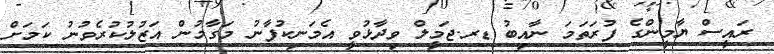
ރައީސް ޔާމީންގެ ފުރަތަމަ ނާއިބު ޑރ.ޖަމީލް ވިދާޅުވީ އެމަނިކުފާނު މަގާމުން އަޒުލުކުރެވުނު ކަމަށް